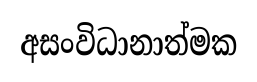
අසංවිධානාත්මක